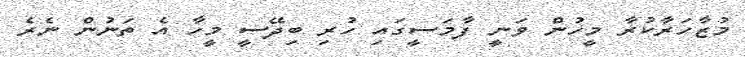
މުޒާހަރާކުރާ މީހުން ވަނީ ފާމަސީގައި ހުރި ބިދޭސީ މީހާ އެ ތަނުން ނެރެ